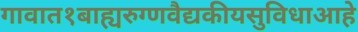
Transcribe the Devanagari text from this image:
गावात१बाह्यरुग्णवैद्यकीयसुविधाआहे